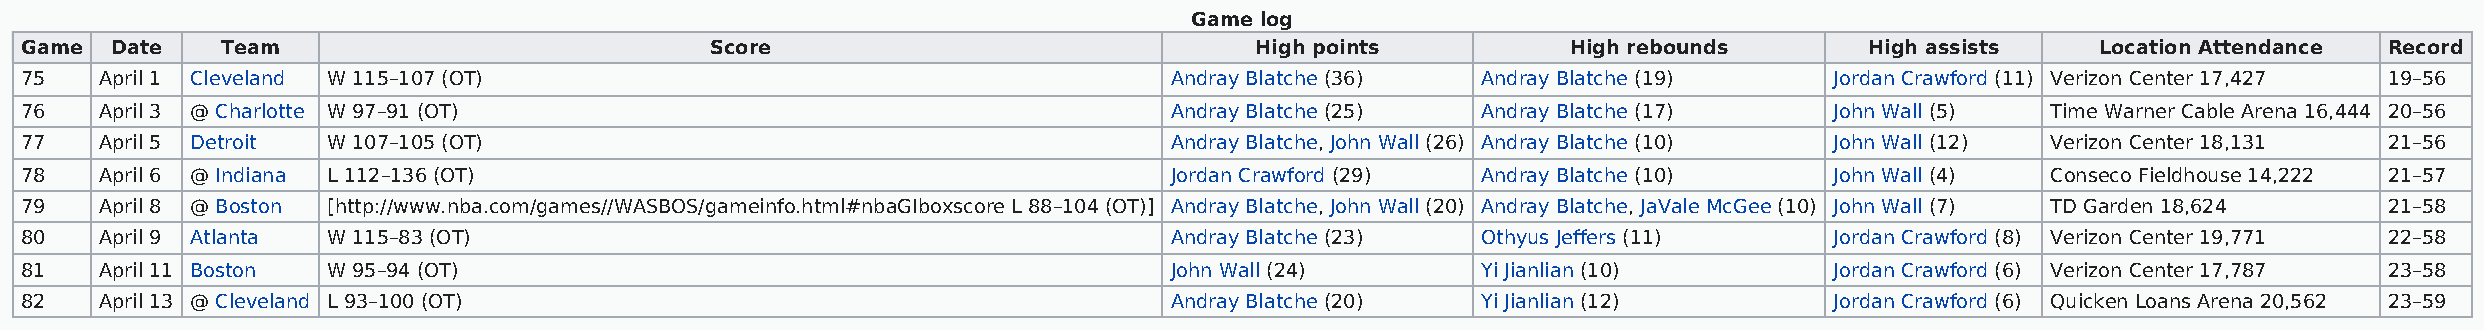
Game log
 Game  Date    Team                            Score                               High points          High rebounds       High assists   Location Attendance Record
 75    April 1 Cleveland W 115–107 (OT)                                      Andray Blatche (36)  Andray Blatche (19)    Jordan Crawford (11) Verizon Center 17,427 19–56
 76    April 3 @ Charlotte W 97–91 (OT)                                      Andray Blatche (25)  Andray Blatche (17)    John Wall (5)  Time Warner Cable Arena 16,444 20–56
 77    April 5 Detroit W 107–105 (OT)                                        Andray Blatche, John Wall (26) Andray Blatche (10) John Wall (12) Verizon Center 18,131 21–56
 78    April 6 @ Indiana L 112–136 (OT)                                      Jordan Crawford (29) Andray Blatche (10)    John Wall (4)  Conseco Fieldhouse 14,222 21–57
 79    April 8 @ Boston [http://www.nba.com/games//WASBOS/gameinfo.html#nbaGIboxscore L 88–104 (OT)] Andray Blatche, John Wall (20) Andray Blatche, JaVale McGee (10) John Wall (7) TD Garden 18,624 21–58
 80    April 9 Atlanta W 115–83 (OT)                                         Andray Blatche (23)  Othyus Jeffers (11)    Jordan Crawford (8) Verizon Center 19,771 22–58
 81    April 11 Boston W 95–94 (OT)                                          John Wall (24)       Yi Jianlian (10)       Jordan Crawford (6) Verizon Center 17,787 23–58
 82    April 13 @ Cleveland L 93–100 (OT)                                    Andray Blatche (20)  Yi Jianlian (12)       Jordan Crawford (6) Quicken Loans Arena 20,562 23–59